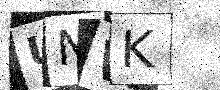
Text: UNWK